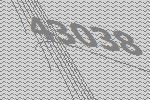
43038